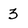
Character: 3